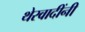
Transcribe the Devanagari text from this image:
थेरवादींनी